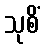
သုစိံ